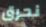
نحرق